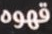
قهوه